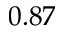
0 . 8 7